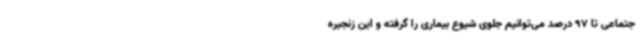
جتماعی تا 97 درصد می‌توانیم جلوی شیوع بیماری را گرفته و این زنجیره